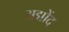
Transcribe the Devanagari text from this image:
अद्मोंद